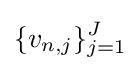
\{v_{n,j}\}_{j=1}^{J}